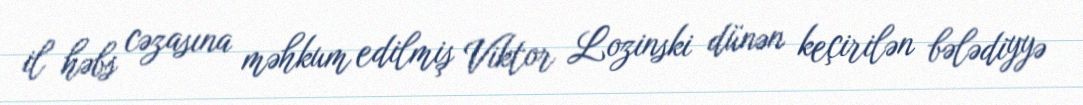
il həbs cəzasına məhkum edilmiş Viktor Lozinski dünən keçirilən bələdiyyə